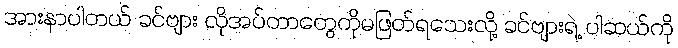
အားနာပါတယ် ခင်ဗျား လိုအပ်တာတွေကိုမဖြတ်ရသေးလို့ ခင်ဗျားရဲ့ ပါဆယ်ကို